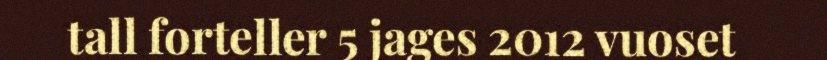
tall forteller 5 jages 2012 vuoset